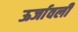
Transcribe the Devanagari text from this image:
ऊर्जावली